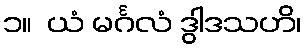
၁။  ယံ မင်္ဂလံ ဒွါဒသဟိ၊